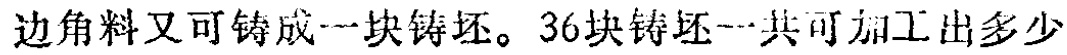
边角料又可铸成一块铸坯。36块铸坯一共可加工出多少